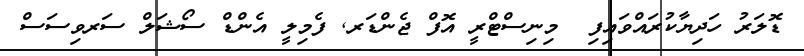
ޑޮލަރު ހަދިޔާކުރައްވައިފި  މިނިސްޓްރީ އޮފް ޖެންޑަރ